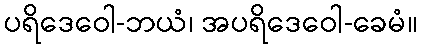
ပရိဒေဝေါ-ဘယံ၊ အပရိဒေဝေါ-ခေမံ။